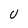
Character: u